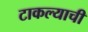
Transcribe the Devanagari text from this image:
टाकल्याची